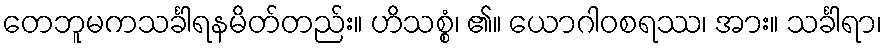
တေဘူမကသင်္ခါရနမိတ်တည်း။ ဟိသစ္စံ၊ ၏။ ယောဂါဝစရဿ၊ အား။ သင်္ခါရာ၊